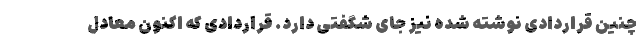
چنین قراردادی نوشته شده نیز جای شگفتی دارد. قراردادی که اکنون معادل